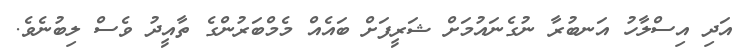
އަދި އިސްލާހު އަނބުރާ ނުގެނައުމަށް ޝަރީފަށް ބައެއް މެމްބަރުންގެ ތާއީދު ވެސް ލިބުނެވެ.